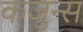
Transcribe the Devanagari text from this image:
कजुन्स